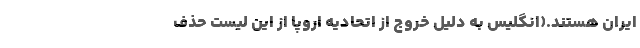
ایران هستند.(انگلیس به دلیل خروج از اتحادیه اروپا از این لیست حذف